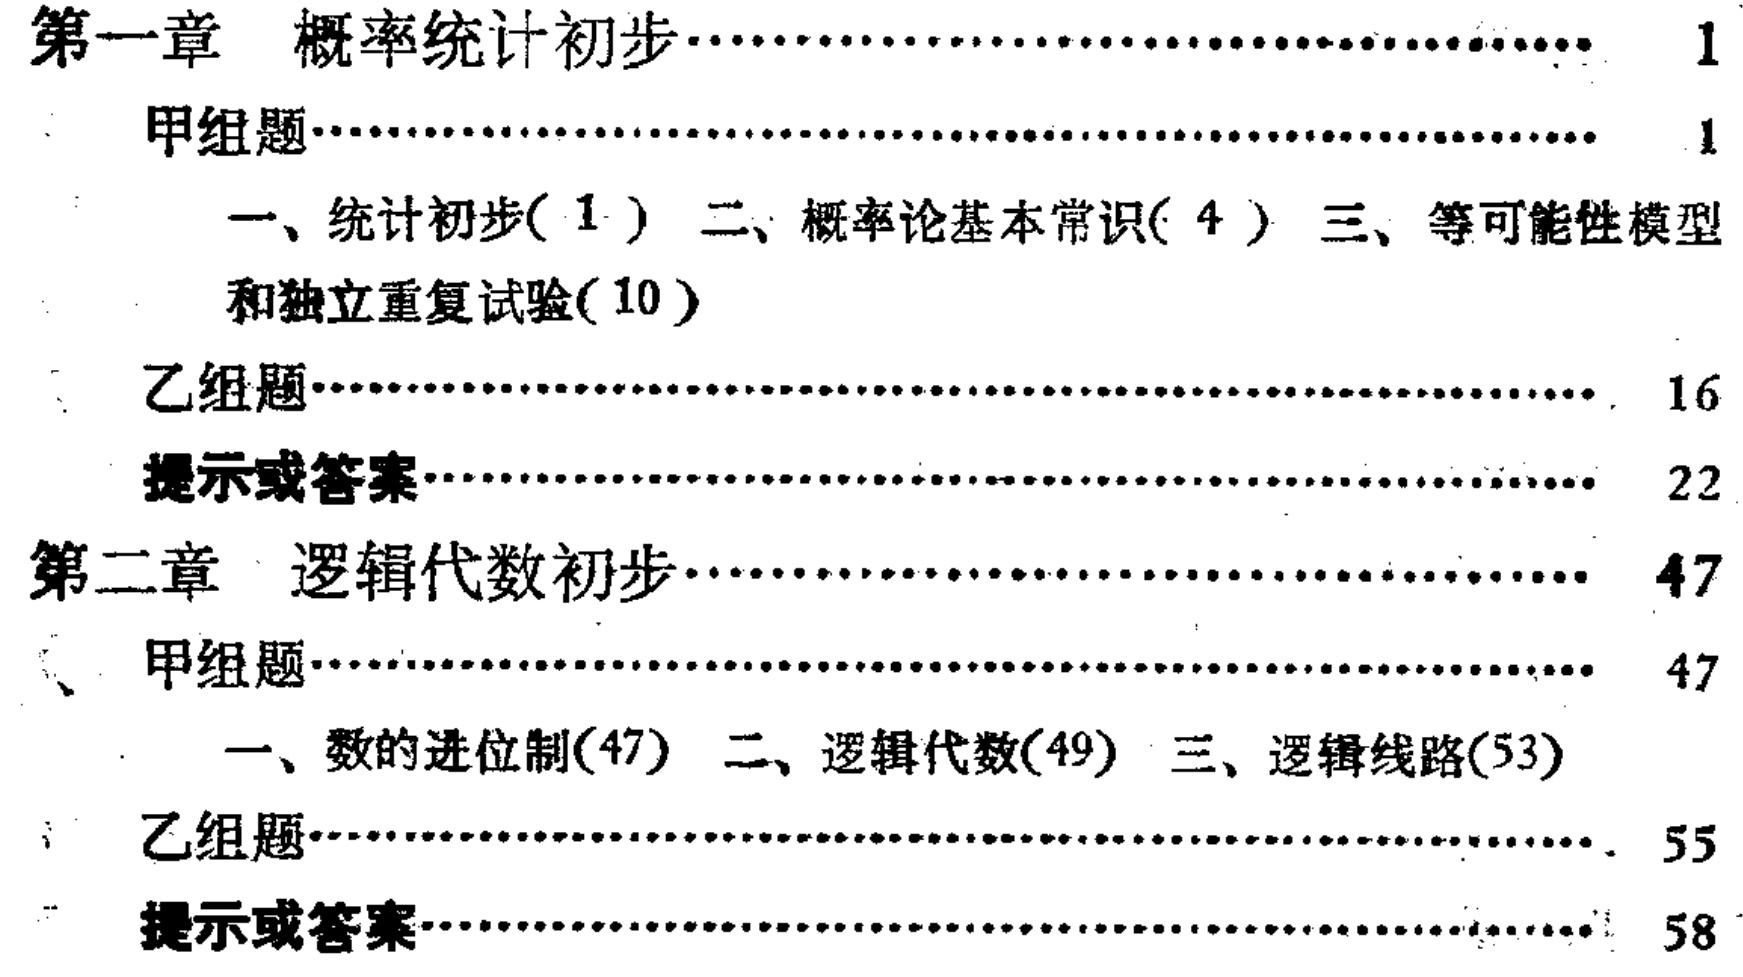
\begin{document}

第一章 概率统计初步\hfill 1

  甲组题\hfill 1

    一、统计初步( 1 ) 二、概率论基本常识( 4 ) 三、等可能性模型

    和独立重复试验( 10 )

  乙组题\hfill 16

  提示或答案\hfill 22

第二章 逻辑代数初步\hfill 47

  甲组题\hfill 47

    一、数的进位制(47) 二、逻辑代数(49) 三、逻辑线路(53)

  乙组题\hfill 55

  提示或答案\hfill 58

\end{document}